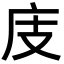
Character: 庋